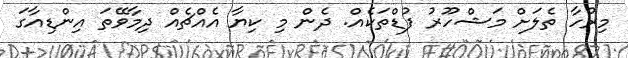
މިރުހާ ތެލަށް މަޝްހޫރު ފުޑްތަކެއް. ދެން މި ކިޔާ އެއްޗެއް ދިމާވޭތަ އިންޑިއާގަ